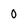
Character: 0